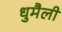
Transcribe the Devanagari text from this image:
धुमैली